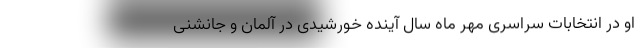
او در انتخابات سراسری مهر ماه سال آینده خورشیدی در آلمان و جانشنی